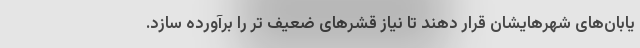
یابان‌های شهرهایشان قرار دهند تا نیاز قشرهای ضعیف تر را برآورده سازد.